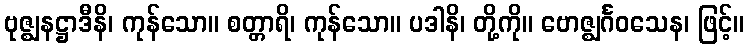
ဗုဇ္ဈနဋ္ဌာဒီနိ၊ ကုန်သော။ စတ္တာရိ၊ ကုန်သော။ ပဒါနိ၊ တို့ကို။ ဗောဇ္ဈင်္ဂဝသေန၊ ဖြင့်။